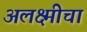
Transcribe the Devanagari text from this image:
अलक्ष्मीचा